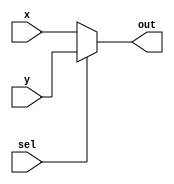
module mux (x, y, sel, out);
input [N-1:0] x; 
input [N-1:0] y;
input sel;
output reg [N-1:0] out;
parameter N = 7;
always @ (*) begin
    if (sel == 1)
        out <= y;
    else
        out <= x;
    end
endmodule